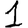
Digit: 1